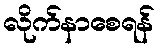
လိုက်နာစေရန်